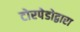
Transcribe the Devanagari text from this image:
टोरपेडोद्वारा